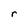
Character: r